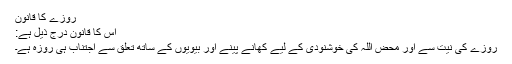
روزے کا قانون
اِس کا قانون درج ذیل ہے:
روزے کی نیت سے اور محض اللہ کی خوشنودی کے لیے کھانے پینے اور بیویوں کے ساتھ تعلق سے اجتناب ہی روزہ ہے۔